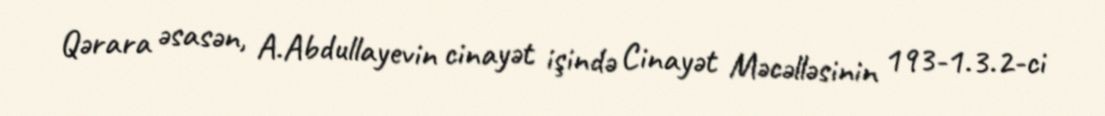
Qərara əsasən, A.Abdullayevin cinayət işində Cinayət Məcəlləsinin 193-1.3.2-ci